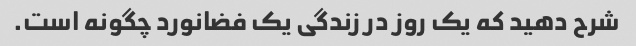
شرح دهید که یک روز در زندگی یک فضانورد چگونه است.